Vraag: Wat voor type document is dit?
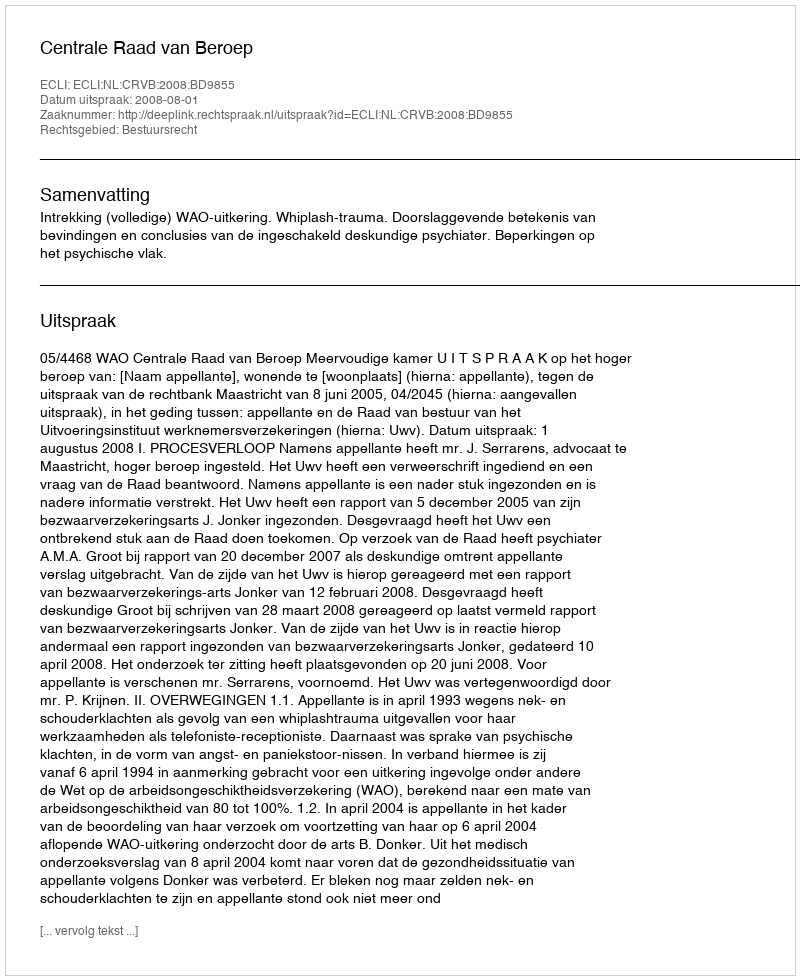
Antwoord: Uitspraak